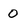
Character: 0